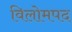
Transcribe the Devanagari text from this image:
विलोमपद